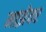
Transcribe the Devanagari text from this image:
माझेवर